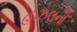
હઝલના